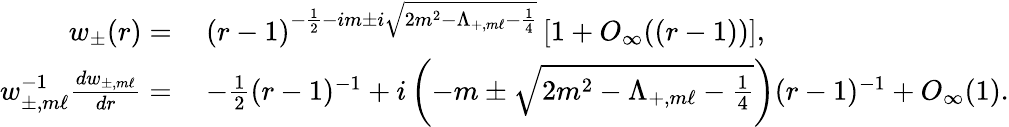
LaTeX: \begin{array}{rl}{w_{\pm}(r)=}&{\: (r-1)^{-\frac{1}{2}-im\pm i\sqrt{2m^{2}-\Lambda_{+,m\ell}-\frac{1}{4}}}\left[1+O_{\infty}((r-1))\right],}\\ {w_{\pm,m\ell}^{-1}\frac{dw_{\pm,m\ell}}{dr}=}&{\: -\frac{1}{2}(r-1)^{-1}+i\left(-m\pm\sqrt{2m^{2}-\Lambda_{+,m\ell}-\frac{1}{4}}\right)(r-1)^{-1}+O_{\infty}(1).}\end{array}